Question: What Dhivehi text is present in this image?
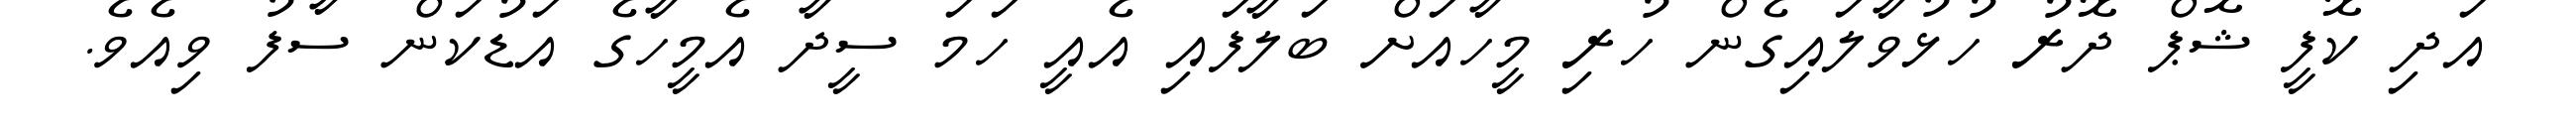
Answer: އަދި ކޮފީ ޝޮޕް ދޮރު ހުޅުވާލައިގެން ހުރި މީހާއަށް ބަލާފައި އެއީ ހަމަ ސީދާ އެމީހާގެ އަޑުކަން ސާފު ވިއެވެ.